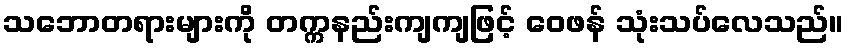
သဘောတရားများကို တက္ကနည်းကျကျဖြင့် ဝေဖန် သုံးသပ်လေသည်။